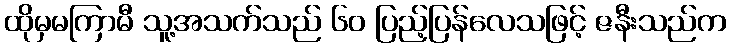
ထိုမှမကြာမီ သူ့အသက်သည် ၆၀ ပြည့်ပြန်လေသဖြင့် ဇနီးသည်က